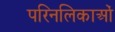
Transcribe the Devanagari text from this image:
परिनलिकाओं